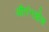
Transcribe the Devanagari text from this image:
औरंगझेब